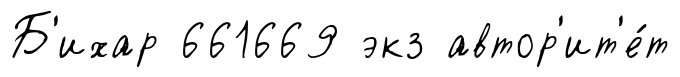
Б'ихар 661669 экз автор'ит'е́т